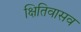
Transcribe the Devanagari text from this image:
क्षितिवासव